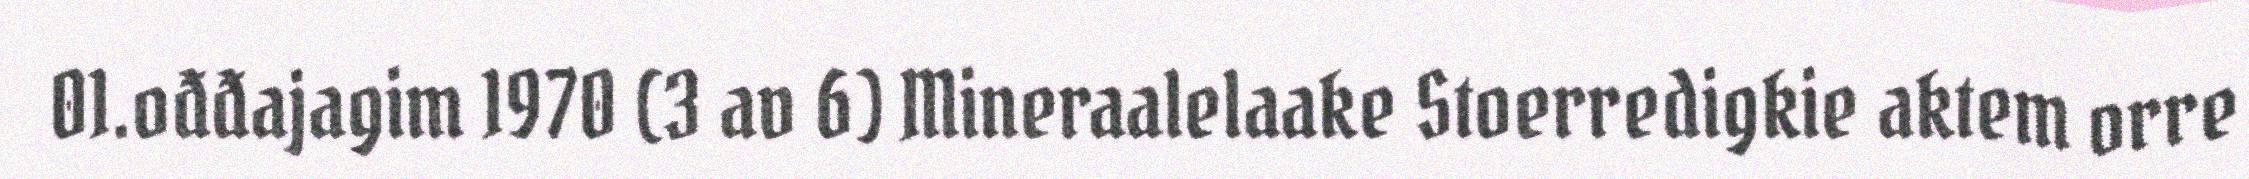
01.ođđajagim 1970 (3 av 6) Mineraalelaake Stoerredigkie aktem orre